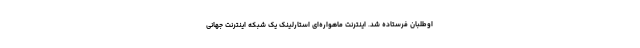
اوطلبان فرستاده شد. اینترنت ماهواره‌ای استارلینک یک شبکه اینترنت جهانی